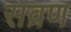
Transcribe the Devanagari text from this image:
सव्रण